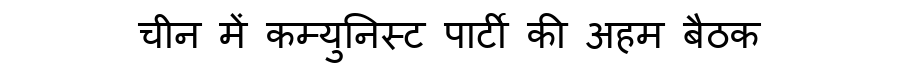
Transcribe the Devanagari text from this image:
चीन में कम्युनिस्ट पार्टी की अहम बैठक